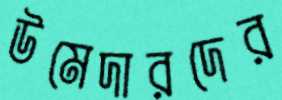
উমেদারদের